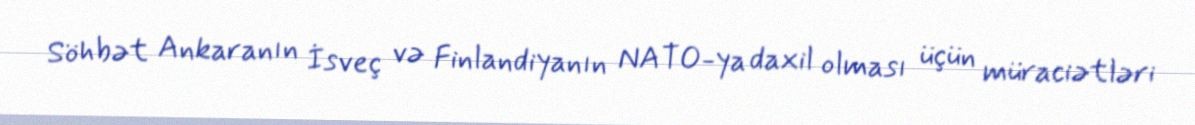
Söhbət Ankaranın İsveç və Finlandiyanın NATO-ya daxil olması üçün müraciətləri